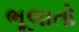
ભૂલાતો